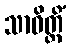
သာဝိတ္တိံ